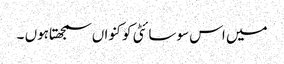
میں اس سوسائٹی کو کنواں سمجھتاہوں ۔